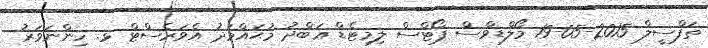
ތަފްސީލް 2015-05-19 މޯލްޑިވްސް ޕޯޓްސް ލިމިޓެޑް ޢަބްދު މުޙައްމަދު އެވަރެސްޓް ޅ. ހިންނަވަރު